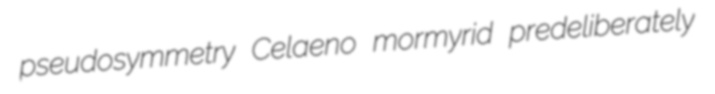
pseudosymmetry Celaeno mormyrid predeliberately